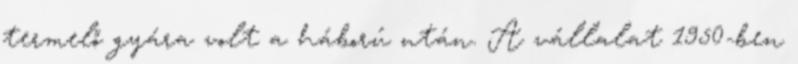
termelő gyára volt a háború után. A vállalat 1950-ben